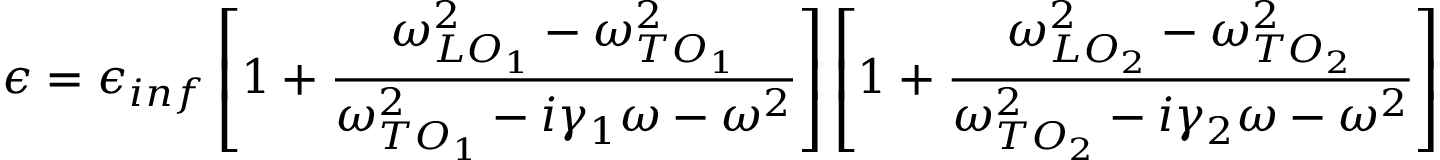
\epsilon = \epsilon _ { i n f } \left[ 1 + \frac { \omega _ { L O _ { 1 } } ^ { 2 } - \omega _ { T O _ { 1 } } ^ { 2 } } { \omega _ { T O _ { 1 } } ^ { 2 } - i \gamma _ { 1 } \omega - \omega ^ { 2 } } \right] \left[ 1 + \frac { \omega _ { L O _ { 2 } } ^ { 2 } - \omega _ { T O _ { 2 } } ^ { 2 } } { \omega _ { T O _ { 2 } } ^ { 2 } - i \gamma _ { 2 } \omega - \omega ^ { 2 } } \right]